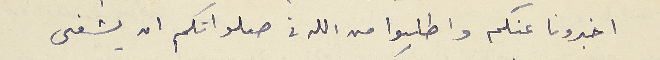
اخبرونا عنكم واطلبوا من الله فى صلواتكم ان يشفى